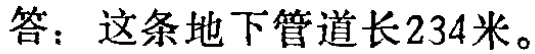
答：这条地下管道长234米。